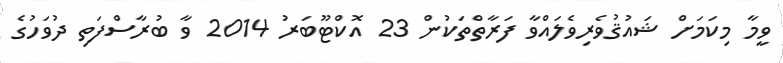
ވީމާ މިކަމަށް ޝައުޤުވެރިވެލައްވާ ފަރާތްތަކުން 23 އޮކްޓޫބަރު 2014 ވާ ބުރާސްފަތި ދުވަހުގެ